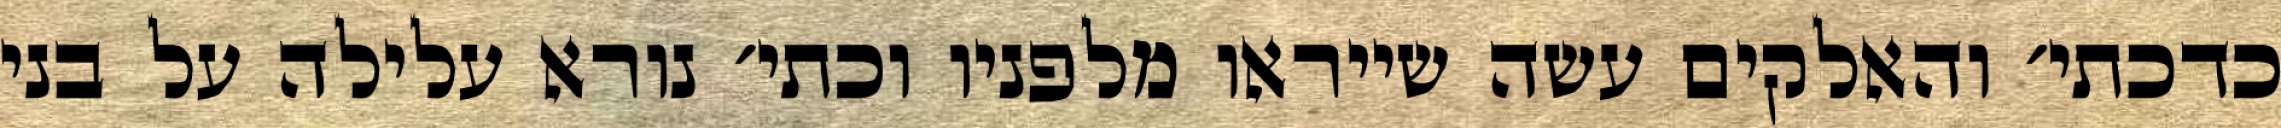
כדכתי׳ והאלקים עשה שייראו מלפניו וכתי׳ נורא עלילה על בני